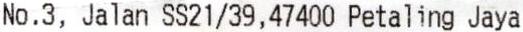
NO.3, JALAN SS21/39,47400 PETALING JAYA